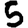
Digit: 5